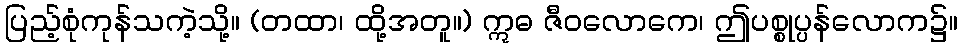
ပြည့်စုံကုန်သကဲ့သို့။ (တထာ၊ ထို့အတူ။) ဣဓ ဇီဝလောကေ၊ ဤပစ္စုပ္ပန်လောက၌။